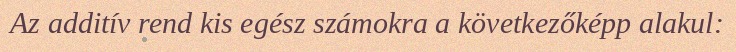
Az additív rend kis egész számokra a következőképp alakul: